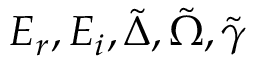
E _ { r } , E _ { i } , \tilde { \Delta } , \tilde { \Omega } , \tilde { \gamma }